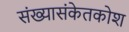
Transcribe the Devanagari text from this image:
संख्यासंकेतकोश